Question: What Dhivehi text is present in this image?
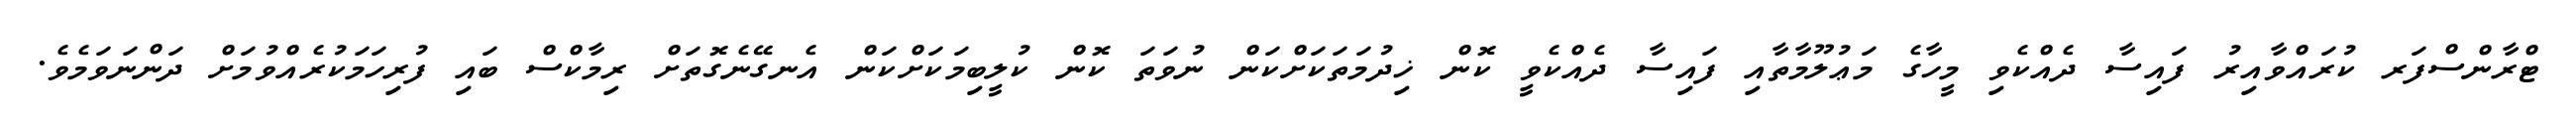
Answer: ޓްރާންސްފަރ ކުރައްވާއިރު ފައިސާ ދެއްކެވި މީހާގެ މަޢުލޫމާތާއި ފައިސާ ދެއްކެވީ ކޮން ޚިދުމަތަކަށްކަން ނުވަތަ ކޮން ކުލީބިމަކަށްކަން އެނގޭނެގޮތަށް ރިމާކްސް ބައި ފުރިހަމަކުރެއްވުމަށް ދަންނަވަމެވެ.